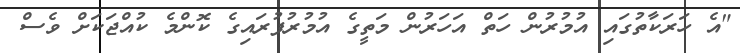
"އެ ހަރަކާތުގައި އުމުރުން ހަތް އަހަރުން މަތީގެ އުމުރުފުރައިގެ ކޮންމެ ކުއްޖަކަށް ވެސް